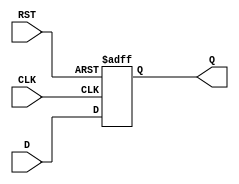
module IntermediateRegister #(parameter WIDTH = 8) (
    input wire [WIDTH-1:0] D,    // Data input
    input wire CLK,               // Clock input
    input wire RST,               // Asynchronous reset
    output reg [WIDTH-1:0] Q      // Data output
);

    // Always block for the register operation
    always @(posedge CLK or posedge RST) begin
        if (RST) begin
            Q <= {WIDTH{1'b0}};     // Asynchronous reset to 0
        end else begin
            Q <= D;                 // Capture data on clock edge
        end
    end

endmodule